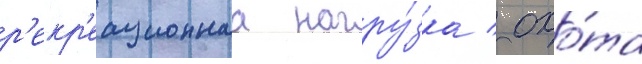
р'екр'еационнаа нагру́зка / охо́та